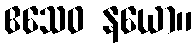
ဧသေဝ နယော။